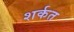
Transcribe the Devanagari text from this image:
शर्कत